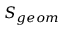
S _ { g e o m }